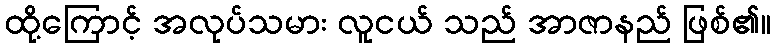
ထို့ကြောင့် အလုပ်သမား လူငယ် သည် အာဇာနည် ဖြစ်၏။